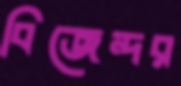
বিজেন্দর